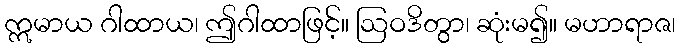
ဣမာယ ဂါထာယ၊ ဤဂါထာဖြင့်။ ဩဝဒိတွာ၊ ဆုံးမ၍။ မဟာရာဇ၊